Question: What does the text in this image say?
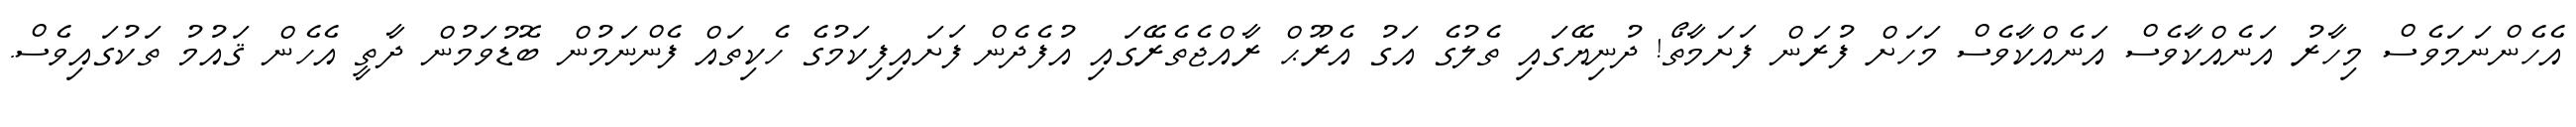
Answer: އެހެންނަމަވެސް މިހާރު އަނެއްކާވެސް އަނެއްކާވެސް މަހަށް ފުރަން ފަށަމާތޯ! ދުނިޔޭގައި ތެލުގެ އަގު އެރޫޙް ރާއްޖެތެރޭގައި އުފެދެން ފަށައިފިކަމުގެ ހެކިތައް ފެންނަމުން ބޮޑުވަމުން ދާތީ އެހެން ޤައުމު ތަކުގައިވެސް.